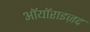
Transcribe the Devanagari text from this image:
ऑयॉराइज़द